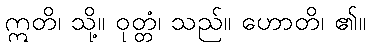
ဣတိ၊ သို့။ ဝုတ္တံ၊ သည်။ ဟောတိ၊ ၏။